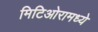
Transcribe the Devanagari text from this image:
मिटिओरामध्ये